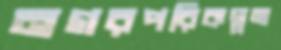
নগরপরিকল্পনা